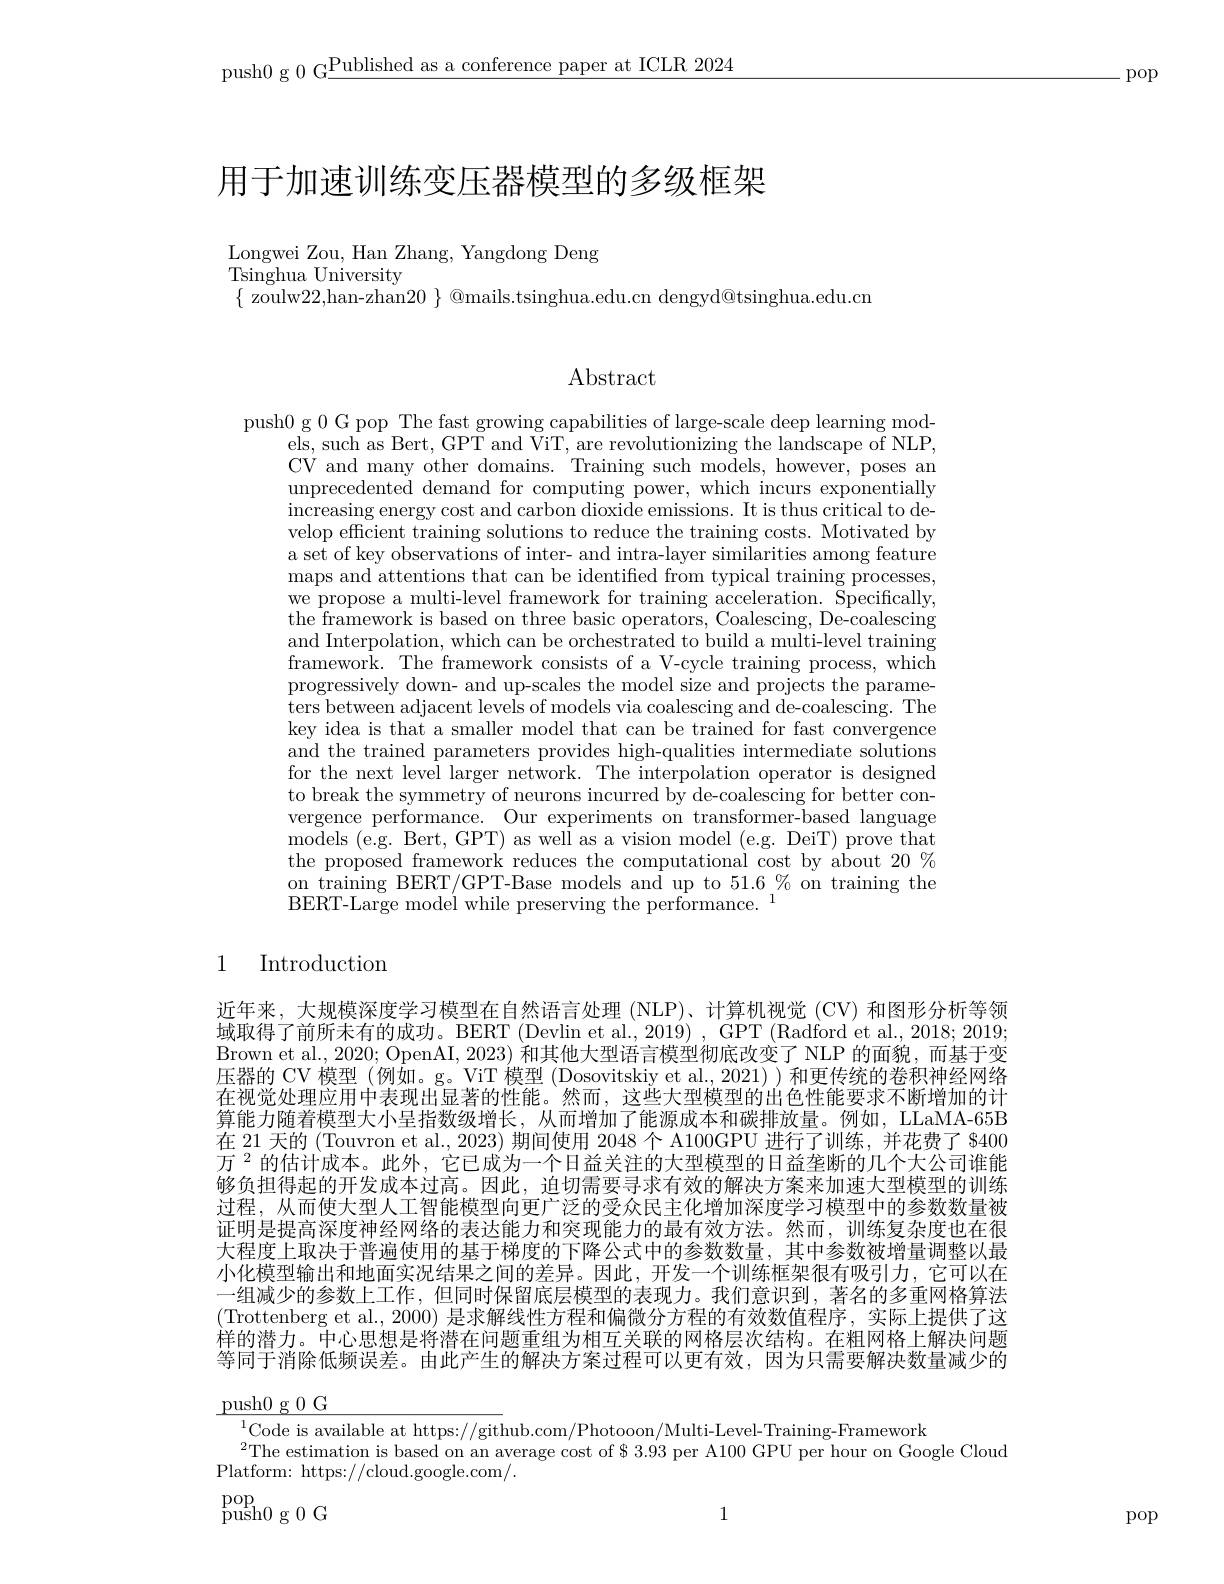
push0 g 0 G$\underline\text{Published as a conference paper at ICLR 2024}$

.pop

# 用于加速训练变压器模型的多级框架

Longwei Zou, Han Zhang, Yangdong Deng
Tsinghua University
$\{$ zoulw22,han-zhan20 $\}$ @mails.tsinghua.edu.cn dengyd@tsinghua.edu.cn

Abstract

push0 g 0 G pop The fast growing capabilities of large-scale deep learning mod-
els, such as Bert, GPT and ViT, are revolutionizing the landscape of NLP, CV and many other domains. Training such models, however, poses an unprecedented demand for computing power, which incurs exponentially increasing energy cost and carbon dioxide emissions. It is thus critical to develop efficient training solutions to reduce the training costs. Motivated by a set of key observations of inter- and intra-layer similarities among feature maps and attentions that can be identified from typical training processes, we propose a multi-level framework for training acceleration. Špecifically, the framework is based on three basic operators, Coalescing, De-coalescing and Interpolation, which can be orchestrated to build a multi-level training framework. The framework consists of a V-cycle training process, which progressively down- and up-scales the model size and projects the parameters between adjacent levels of models via coalescing and de-coalescing. The key idea is that a smaller model that can be trained for fast convergence and the trained parameters provides high-qualities intermediate solutions for the next level larger network. The interpolation operator is designed to break the symmetry of neurons incurred by de-coalescing for better convergence performance. Our experiments on transformer-based language models ( e. g. Bert, GPT) as well as a vision model ( e. g. DeiT) prove that the proposed framework reduces the computational cost by about $20\%$ on training BERT/GPT-Base models and up to $51.6\%$ on training the $\mathrm{BERT-Large~model~while~preserving~the~performance.~}^{1}$

1

$\operatorname{Introduction}$

近年来，大规模深度学习模型在自然语言处理 (NLP)、计算机视觉 (CV) 和图形分析等领域取得了前所未有的成功。BERT (Devlin et al., 2019) , GPT (Radford et al., 2018; 2019; Brown et al., 2020; OpenAI, 2023) 和其他大型语言模型彻底改变了 NLP 的面貌，而基于变压器的 CV 模型 (例如。g。ViT 模型 (Dosovitskiy et al.,2021) )和更传统的卷积神经网络在视觉处理应用中表现出显著的性能。然而，这些大型模型的出色性能要求不断增加的计算能力随着模型大小呈指数级增长，从而增加了能源成本和碳排放量。例如，LLaMA-65B 在 21 天的 (Touvron et al., 2023) 期间使用 2048 个 A100GPU 进行了训练，并花费了 S400万$^{2}$的估计成本。此外，它已成为一个日益关注的大型模型的日益垄断的几个大公司谁能够负担得起的开发成本过高。因此，迫切需要寻求有效的解决方案来加速大型模型的训练过程，从而使大型人工智能模型向更广泛的受众民主化增加深度学习模型中的参数数量被证明是提高深度神经网络的表达能力和突现能力的最有效方法。然而，训练复杂度也在很大程度上取决于普遍使用的基于梯度的下降公式中的参数数量，其中参数被增量调整以最小化模型输出和地面实况结果之间的差异。因此，开发一个训练框架很有吸引力，它可以在一组减少的参数上工作，但同时保留底层模型的表现力。我们意识到，著名的多重网格算法(Trottenberg et al., 2000) 是求解线性方程和偏微分方程的有效数值程序，实际上提供了这样的潜力。中心思想是将潜在问题重组为相互关联的网格层次结构。在粗网格上解决问题等同于消除低频误差。由此产生的解决方案过程可以更有效，因为只需要解决数量减少的

$\underline{\text{push}0\:\text{g }0\:\text{G}}$
$^{1}$Code is available at https://github.com/Photooon/Multi-Level-Training-Framework
$^{2}$The estimation is based on an average cost of $ 3.93 per A100 GPU per hour on Google Cloud
Platform: https://cloud.google.com/.

$\operatorname*{pop}_{\text{push}0\text{ g }0\text{ G}}$

1

pop